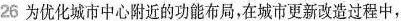
26为优化城市中心附近的功能布局，在城市更新改造过程中，